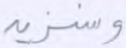
وسنزيد